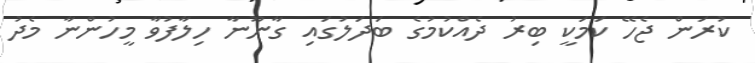
ކުރަން ޖެހޭ ކަމަކީ ބިރު ދެއްކުމުގެ ބަދަލުގައި ގާނޫނާ ހިލާފުވާ މީހުންނާ މެދު